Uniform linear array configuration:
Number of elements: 24
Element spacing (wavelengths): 0.5
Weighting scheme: blackman
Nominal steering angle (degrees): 45
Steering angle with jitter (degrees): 46.357
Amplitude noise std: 0.05
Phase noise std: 0.05

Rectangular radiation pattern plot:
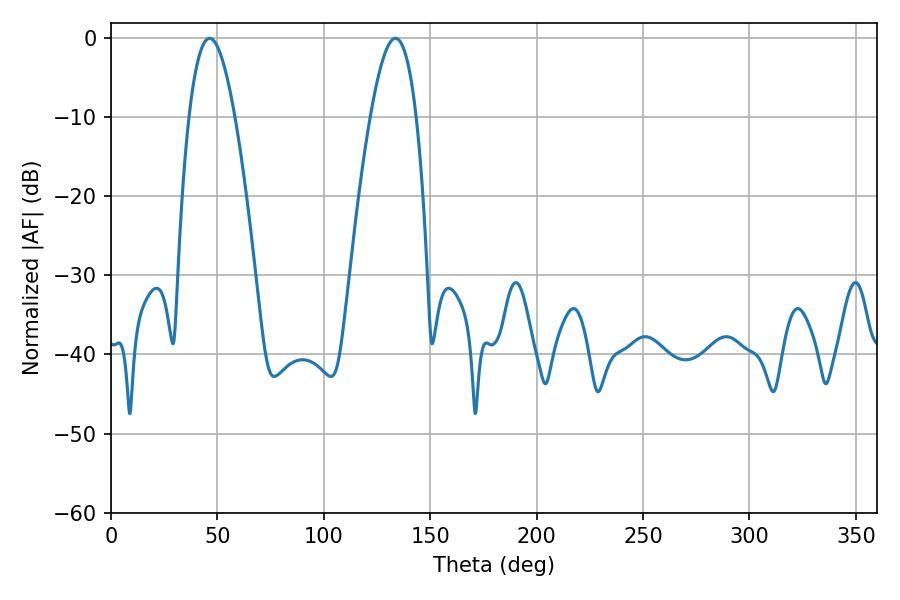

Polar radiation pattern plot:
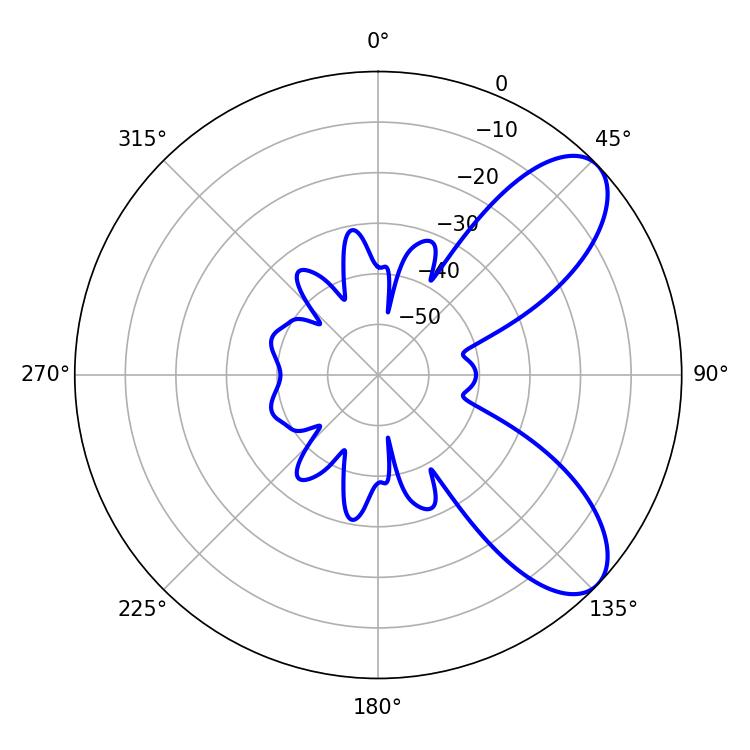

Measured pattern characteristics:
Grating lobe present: FALSE
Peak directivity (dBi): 7.923
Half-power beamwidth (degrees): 11.88
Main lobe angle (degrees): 46.26